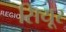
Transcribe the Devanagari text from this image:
सियूर